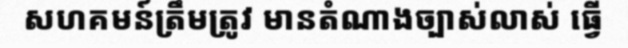
សហគមន៍ត្រឹមត្រូវ មានតំណាងច្បាស់លាស់ ធ្វើ